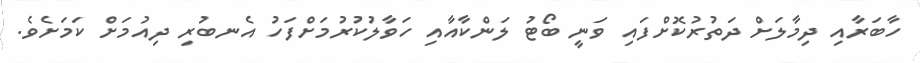
ހާބަރާއި ދިމާލަށް ދަތުރުކޮށްފައި ވަނީ ބޯޓު ލަންކާއާއި ހަވާލުކުރުމަށްފަހު އެނބުރި ދިއުމަށް ކަމަށެވެ.